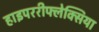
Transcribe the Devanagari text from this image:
हाइपररीफ्लेक्सिया